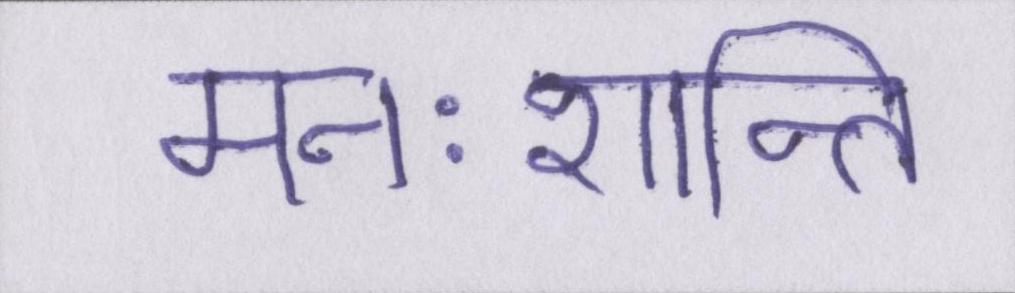
मनःशान्ति